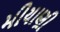
મીયાણી